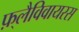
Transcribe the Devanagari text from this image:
फ़्लैविवायरस